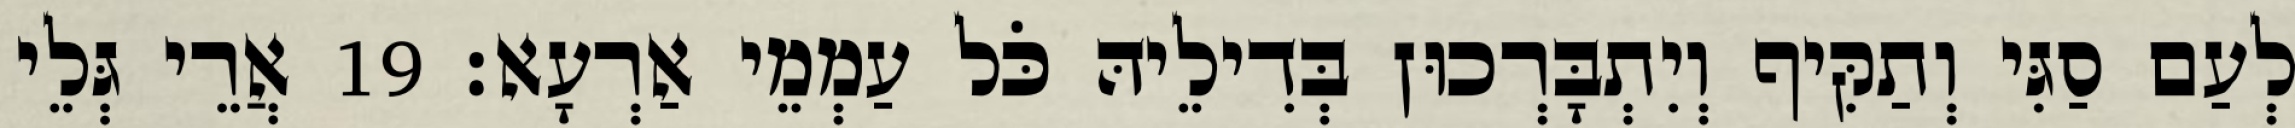
לְעַם סַגִּי וְתַקִּיף וְיִתְבָּרְכוּן בְּדִילֵיהּ כֹּל עַמְמֵי אַרְעָא׃ 19 אֲרֵי גְּלֵי